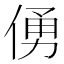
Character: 𠋀